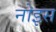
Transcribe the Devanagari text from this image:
नोइस